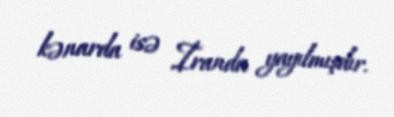
kənarda isə İranda yayılmışdır.